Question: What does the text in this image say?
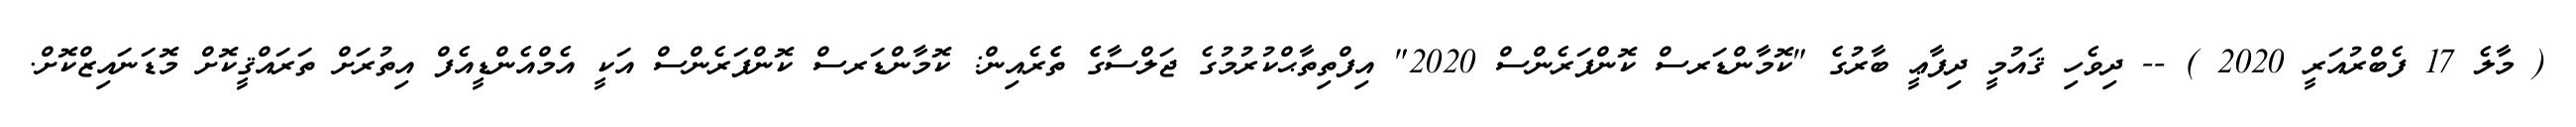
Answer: ( މާލެ 17 ފެބްރުއަރީ 2020 ) -- ދިވެހި ޤައުމީ ދިފާޢީ ބާރުގެ "ކޮމާންޑަރސް ކޮންފަރެންސް 2020" އިފްތިތާޙްކުރުމުގެ ޖަލްސާގެެ ތެެރެއިން: ކޮމާންޑަރސް ކޮންފަރެންސް އަކީ އެމްއެންޑީއެފް އިތުރަށް ތަރައްޤީކޮށް މޮޑަނައިޒްކޮށް.